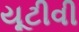
યૂટીવી